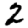
Digit: 2